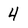
Character: 4